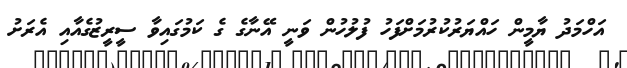
އަހްމަދު ޔާމީން ހައްޔަރުކުރުމަށްފަހު ފުލުހުން ވަނީ އޭނާގެ ގެ ކަމުގައިވާ ސީރީޒުގެއާއި އެރަށު